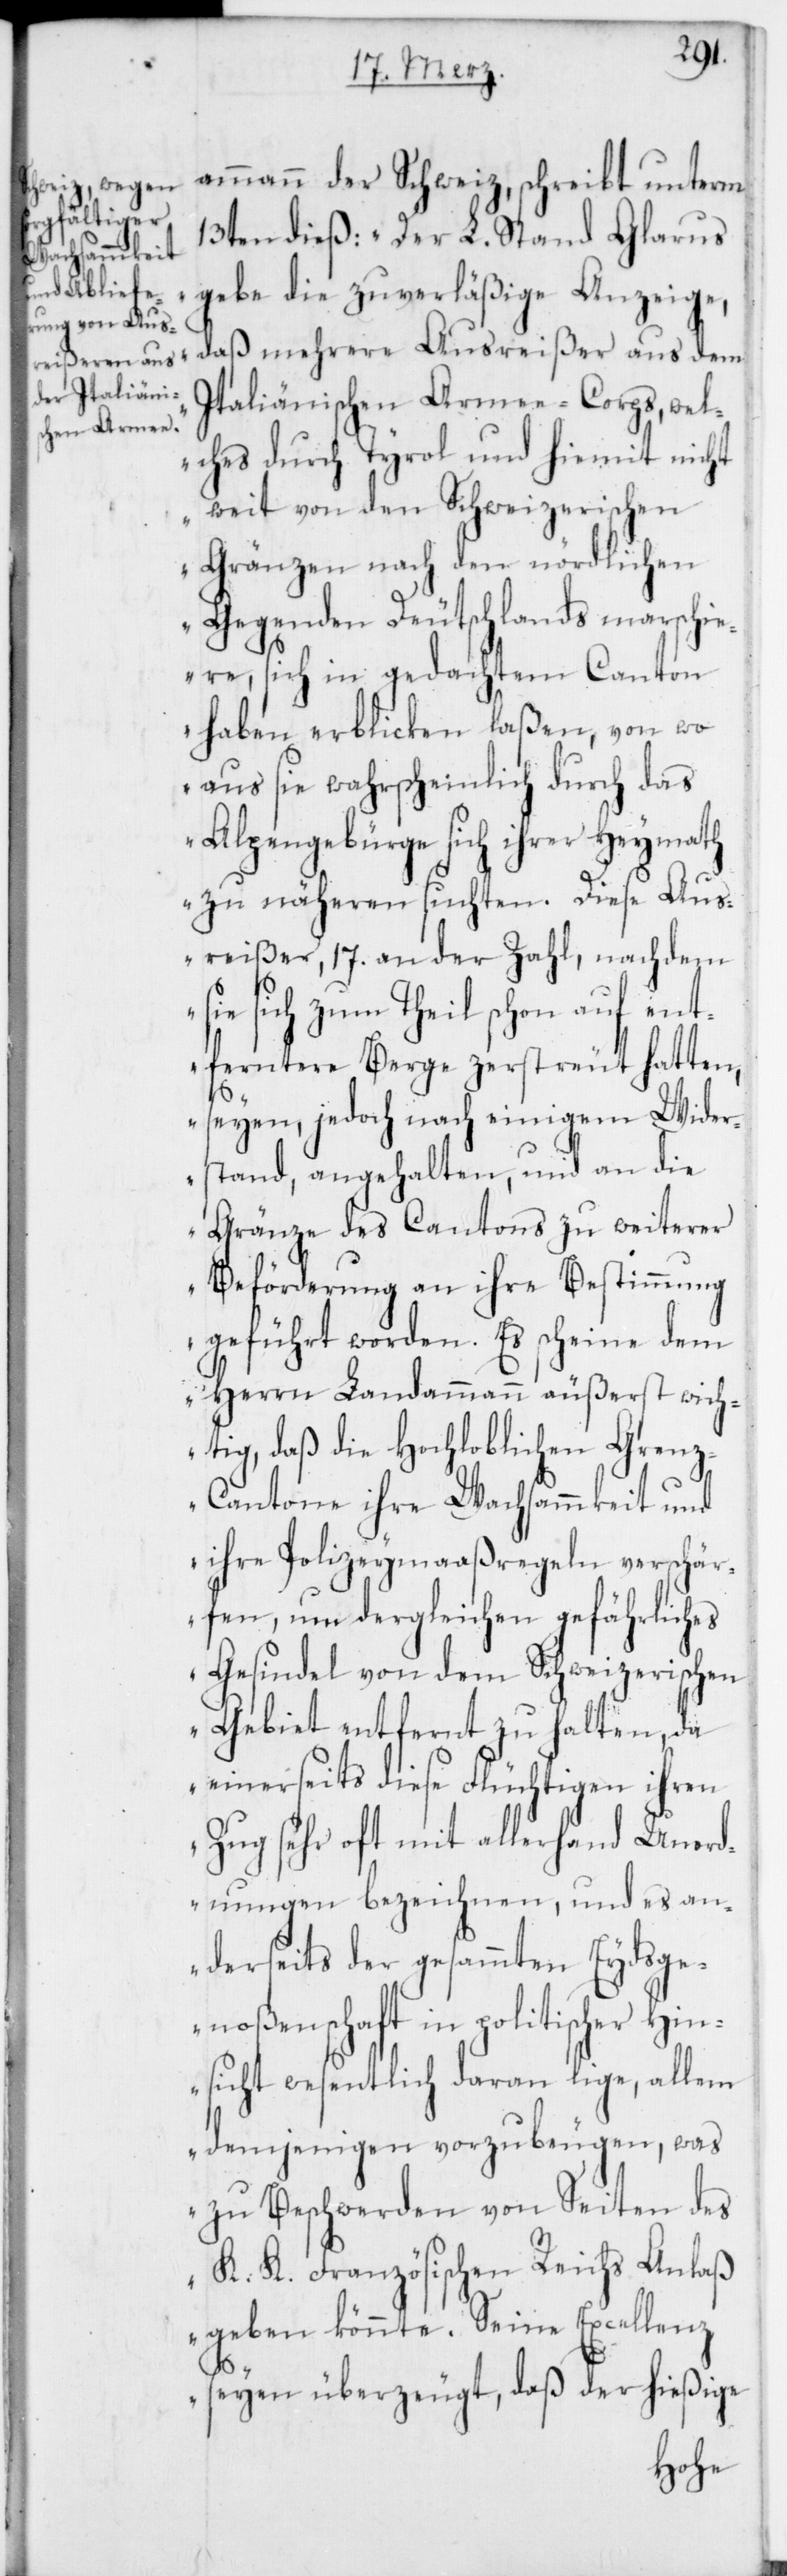
ammann der Schweiz schreibt unterm
13ten dieß: „Der L. Stand Glarus
gebe die zuverläßige Anzeige,
daß mehrere Ausreißer aus dem
Italiänischen Armee-Corps, wel¬
ches durch Tyrol und hiemit nicht
weit von den Schweizerischen
Gränzen nach den nördlichen
Gegenden Deutschlands marschi¬
ere, sich in gedachtem Canton
haben erblicken laßen, von wo
aus sie wahrscheinlich durch das
Alpengebürge sich ihrer Heymath
zu näheren suchten. Diese Aus¬
reißer, 17. an der Zahl, nachdem
sie sich zum Theil schon auf ent¬
ferntere Berge zerstreut hatten,
seyen, jedoch nach einigem Wider¬
stand, angehalten, und an die
Gränze des Cantons zu weiterer
Beförderung an ihre Bestimmung
geführt worden. Es scheine dem
Herrn Landammann äußerst wich¬
tig, daß die Hochloblichen Gren¬
z-Cantone ihre Wachsammkeit und
ihre Polizeymaaßregeln verschär¬
fen, um dergleichen gefährliches
Gesindel von dem Schweizerischen
Gebiet entfernt zu halten, da
einerseits diese Flüchtigen ihren
Zug sehr oft mit allerhand Unord¬
nungen bezeichnen, und es an¬
derseits der gesammten Eydsge¬
noßenschaft in politischer Hin¬
sicht wesentlich daran lige, allem
demjenigen vorzubeugen, was
zu Beschwerden von Seiten des
K. K. Französischen Reichs Anlaß
geben könnte. Se. Excellenz
seyen überzeugt, daß der hießige